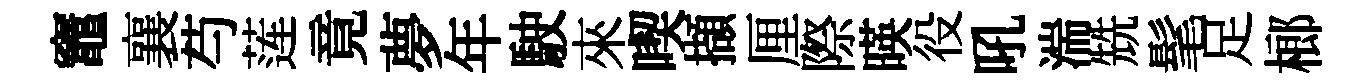
竈襄芍莲竟夢年駛來喫擷厘際暎役吼湍兟髦足榔